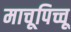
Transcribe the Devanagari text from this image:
माचूपिच्चू